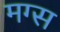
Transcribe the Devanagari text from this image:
मग्स